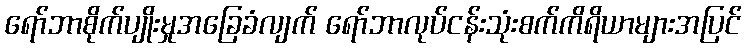
ရော်ဘာစိုက်ပျိုးမှုအခြေခံလျက် ရော်ဘာလုပ်ငန်းသုံးစက်ကိရိယာများအပြင်